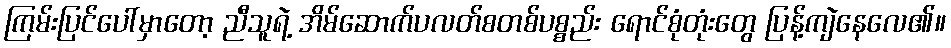
ကြမ်းပြင်ပေါ်မှာတော့ ညီသူရဲ့ အိမ်ဆောက်ပလတ်စတစ်ပစ္စည်း ရောင်စုံတုံးတွေ ပြန့်ကျဲနေလေ၏။